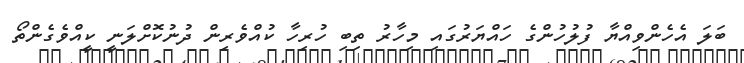
ބަލަ އެހެންވިއްޔާ ފުލުހުންގެ ހައްޔަރުގައި މިހާރު ތިބި ހުރިހާ ކުއްވެރިން ދުނުކޮށްލަނީ ކީއްވެގެންތޯ